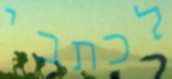
לכתבי